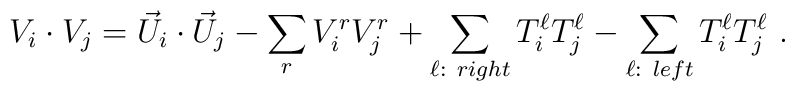
V_i \cdot V_j =  {\vec U}_i \cdot {\vec U}_j -  \sum_{r} V^r_i V^r_j  +\sum_{\ell: ~right} T^\ell_i T^\ell_j  -\sum_{\ell: ~left} T^\ell_i T^\ell_j ~.